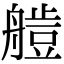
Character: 𦪍